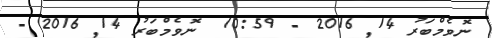
ނޮވެމްބަރު 14